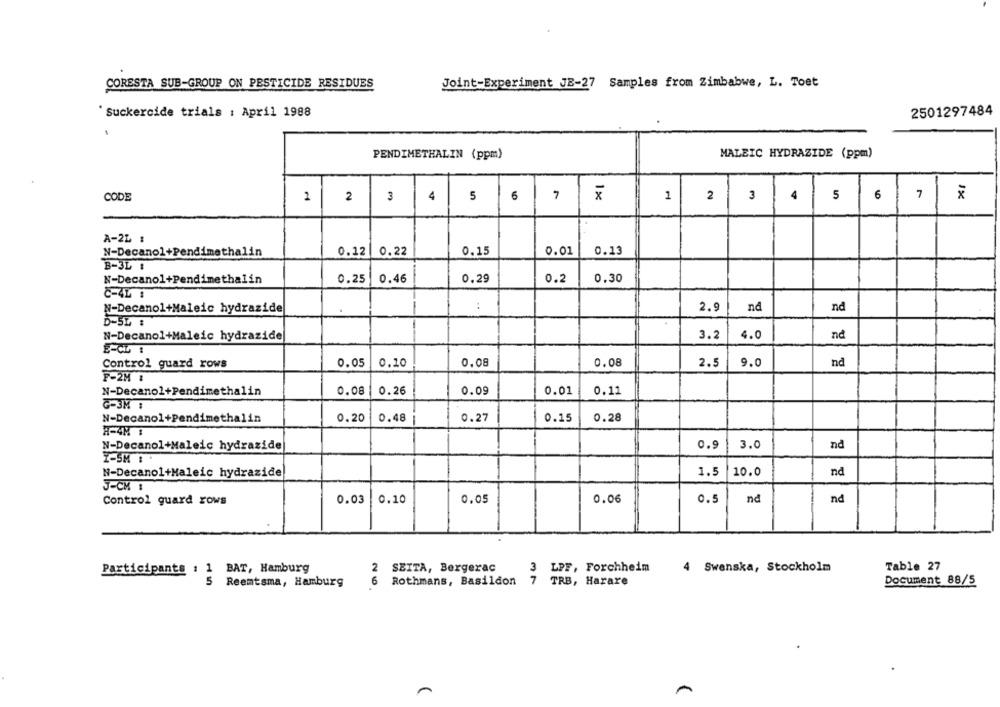
CORESTA SUB-GROUP ON PESTICIDE RESIDUES
Joint-Experiment JE-27 Samples from Zimbabwe, L. Toet
2501297484
' Suckercide trials : April 1988
MALEIC HYDRAZIDE (ppm)
PENDIMETHALIN (ppm)
CODE
1
2
3
4
5
6
7
1×
1
2
3
7
1x
4 5 6
A-2L :
N-Decanol+Pendimethalin
0.12
0.22
0.15
0.01
0.13
B-3L :
N-Decanol+Pendimethalin
0.25
0.46
0.29
0.2
0.30
C-4L :
N-Decanol+Maleic hydrazide
:
2.9
nd
nd
D-5L :
N-Decanol+Maleic hydrazide
3.2
4.0
nd
E-CL :
Control guard rows
0.05
0.10
0.08
0.08
2.5
9.0
nd
F-2M :
N-Decanol+Pendimethalin
0.08
0.26
0.09
0.01
0.11
G-3M :
N-Decanol+Pendimethalin
0.48
0.28
0.20
0.27
0.15
H-4M :
N-Decanol+Maleic hydrazide
0.9
3.0
nd
Z-5M B
N-Decanol+Maleic hydrazide
1.5
10.0
nd
J-CM :
Control guard rows
0.03
0.10
0.05
0.06
0.5
nd
nd
Participants : 1
1 BAT, Hamburg
2 SEITA, Bergerac
3 LPF, Forchheim
4 Swenska, Stockholm
Table 27
5
Rothmans, Basildon 7 TRB, Harare
Reemtsma, Hamburg
6
Document 88/5